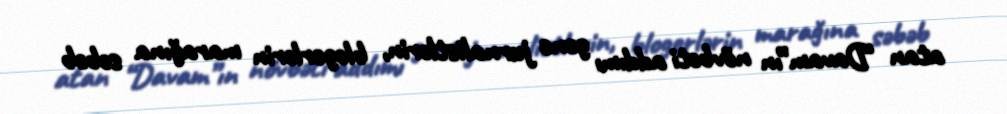
atan “Davam”ın növbəti addımı gənc jurnalistlərin, blogerlərin marağına səbəb